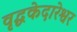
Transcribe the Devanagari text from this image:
वृद्धकेदारेश्वर